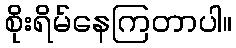
စိုးရိမ်နေကြတာပါ။